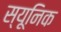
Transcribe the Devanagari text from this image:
स्यूनिक